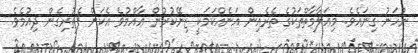
ނުހަނު ގިނައެވެ. މިޢަލާމާތްތަކުގެ ތެރެއިން އަނެއްކަމަކީ ޒިނޭކުރުން ޢާއްމުވެ އެކަން ފެތުރިގެން ދިއުމެވެ.